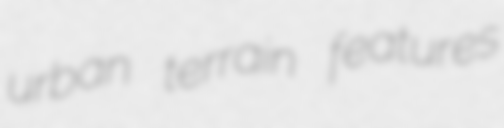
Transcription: urban terrain features